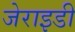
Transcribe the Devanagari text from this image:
जेराइडी